Indian journal of veterinary science and animal husbandry - Volume 5,
Year: 1935
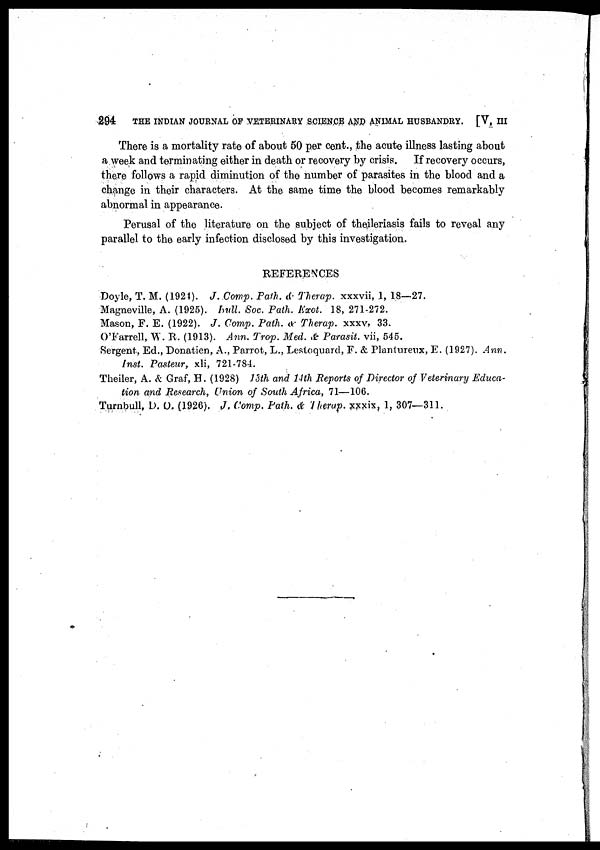
294
THE INDIAN JOURNAL OF VETERINARY SCIENCE AND ANIMAL HUSBANDRY. [V, III
There is a mortality rate of about 50 per cent., the acute illness lasting about
a week and terminating either in death or recovery by crisis. If recovery occurs,
there follows a rapid diminution of the number of parasites in the blood and a
change in their characters. At the same time the blood becomes remarkably
abnormal in appearance.
Perusal of the literature on the subject of theileriasis fails to reveal any
parallel to the early infection disclosed by this investigation.
REFERENCES
Doyle, T. M. (1924). J. Comp. Path. & Therap. xxxvii, 1, 18—27.
Magneville, A. (1925). bull. Soc. Path. Exot. 18, 271-272.
Mason, F. E. (1922). J. Comp. Path, & Therap. xxxv, 33.
O'Farrell, W. R. (1913). Ann. Trop. Med. & Parasit. vii, 545.
Sergent, Ed., Donatien, A., Parrot, L., Lestoquard, F. & Plantureux, E. (1927). Ann.
Inst. Pasteur, xli, 721-784.
Theiler, A. & Graf, H. (1928) 13th and 14th Reports of Director of Veterinary Educa-
tion and Research, Union of South Africa, 71—106.
Turnbull, D. O. (1926). J. Comp. Path. & Therap. xxxix, 1, 307—311.